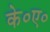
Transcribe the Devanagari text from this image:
के०ए०